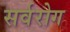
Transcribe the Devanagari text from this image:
सर्वरोग